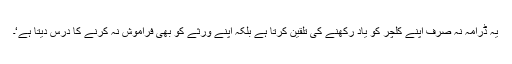
یہ ڈرامہ نہ صرف اپنے کلچر کو یاد رکھنے کی تلقین کرتا ہے بلکہ اپنے ورثے کو بھی فراموش نہ کرنے کا درس دیتا ہے‘۔